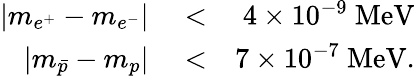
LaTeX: \begin{array}{rlr}{|m_{e^{+}}-m_{e^{-}}|}&{{}<}&{4\times 10^{-9}~\mathrm{MeV}}\\ {|m_{\bar{p}}-m_{p}|}&{{}<}&{7\times 10^{-7}~\mathrm{MeV}.}\end{array}